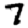
Digit: 7